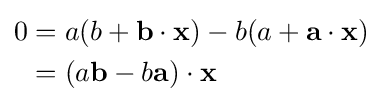
{\begin{aligned}0&=a(b+\mathbf {b} \cdot \mathbf {x} )-b(a+\mathbf {a} \cdot \mathbf {x} )\\&=(a\mathbf {b} -b\mathbf {a} )\cdot \mathbf {x} \end{aligned}}